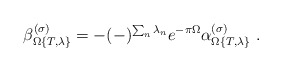
\begin{align*}\beta_{\Omega\{T,\lambda\}}^{(\sigma)}=-(-)^{\sum_n\lambda_n}e^{-\pi\Omega}\alpha_{\Omega\{T,\lambda\}}^{(\sigma)}\ .\end{align*}